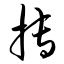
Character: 搏